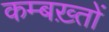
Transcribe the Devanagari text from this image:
कम्बख़्तों